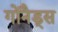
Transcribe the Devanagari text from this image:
गोनैड्स